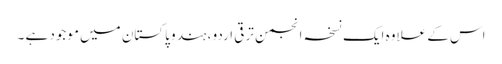
اس کے علاوہ ایک نسخہ انجمن ترقی اردو ، ہند و پاکستان میں موجود ہے ۔